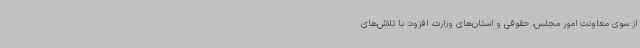
از سوی معاونت امور مجلس، حقوقی و استان‌های وزارت، افزود: با تلاش‌های